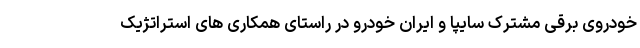
خودروی برقی مشترک سایپا و ایران خودرو در راستای همکاری های استراتژیک